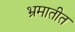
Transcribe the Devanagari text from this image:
भ्रमातीत